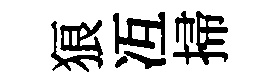
狼冱掃